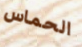
الحماس